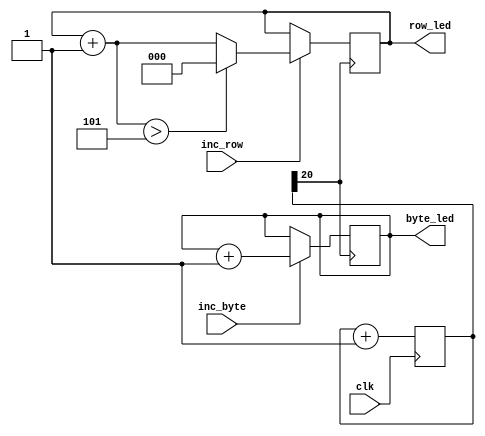
//////////////////////////////////////////////////////////////////////////////////
// Company: Ridotech
// 
// Module Name:    counter
// Project Name:   screen-leds
// Description:    Increment byte as a counter and increment row in a
//                 stack of bytes.
//
// Dependencies:
//
// Revision: 
// Revision 0.01 - File Created
// Additional Comments: 
//
//////////////////////////////////////////////////////////////////////////////////
module counter (
            input wire       clk,             // System clock.
            input wire       inc_row,         // Increment row's byte. 
            input wire       inc_byte,        // Increment byte.
            output reg [7:0] byte_led,        // Actual byte.
            output reg [2:0] row_led          // Actual row. 
        );
    
    // Some registers.
    reg [31:0] counter = 0;     // Counter for delays.

    // Update counter.
    always @(posedge clk)
    begin
        counter = counter + 1;
    end

    // Check buttons. (every ~0.175s)
    always @(posedge counter[20])
    begin
        // Increment row byte.
        if (inc_row)
        begin
            row_led = row_led + 1;
            if (row_led > 5) row_led = 0;
        end
        
        // Increment byte value.
        if (inc_byte)
            byte_led = byte_led + 1;
    end
endmodule